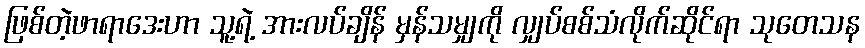
ဖြစ်တဲ့ဖာရာဒေးဟာ သူ့ရဲ့ အားလပ်ချိန် မှန်သမျှကို လျှပ်စစ်သံလိုက်ဆိုင်ရာ သုတေသန